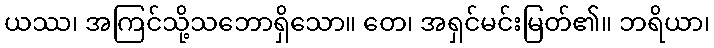
ယဿ၊ အကြင်သို့သဘောရှိသော။ တေ၊ အရှင်မင်းမြတ်၏။ ဘရိယာ၊